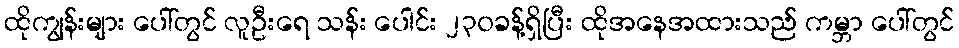
ထိုကျွန်းများ ပေါ်တွင် လူဦးရေ သန်း ပေါင်း ၂၃၀ခန့်ရှိပြီး ထိုအနေအထားသည် ကမ္ဘာ ပေါ်တွင်